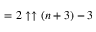
= 2 \uparrow \uparrow ( n + 3 ) - 3